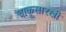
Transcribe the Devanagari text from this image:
चाकूसारखी